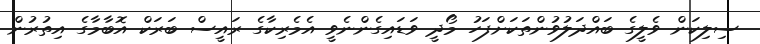
ސިލިކަން ވެލީގެ ބައްދަލުވުންތަކަށްފަހު މޯދީ ވަޑައިގެންނެވީ އެމެރިކާގެ ރައީސް ބަރަކް އޮބާމާގެ އިތުރުން